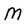
Character: M